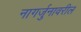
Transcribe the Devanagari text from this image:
नागर्जुनावरील